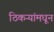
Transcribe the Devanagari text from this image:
ठिकऱ्यांमधून